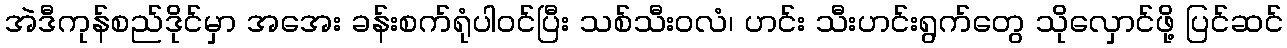
အဲဒီကုန်စည်ဒိုင်မှာ အအေး ခန်းစက်ရုံပါဝင်ပြီး သစ်သီးဝလံ၊ ဟင်း သီးဟင်းရွက်တွေ သိုလှောင်ဖို့ ပြင်ဆင်